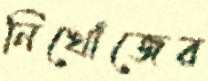
নিখোঁজের